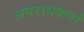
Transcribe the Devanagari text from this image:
अपराधकर्ता